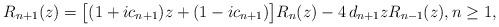
LaTeX: \begin{align*} R_{n+1}(z) = \big[(1+ic_{n+1})z + (1-ic_{n+1})\big] R_{n}(z) - 4\,d_{n+1} z R_{n-1}(z), n \geq 1,\end{align*}